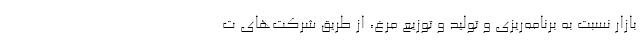
بازار نسبت به برنامه‌ریزی و تولید و توزیع مرغ، از طریق شرکت‌های ت